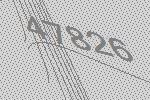
47826